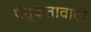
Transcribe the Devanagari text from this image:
पैतृकतावादी